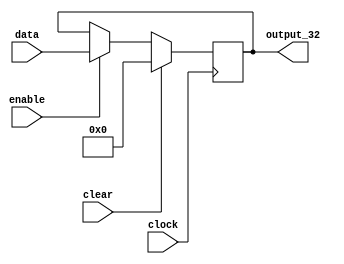
`timescale 1ns / 1ps

module regisiter(data, enable, clock, clear, output_32);
    parameter WIDTH = 32;
    input enable,clear,clock;
    input [WIDTH-1:0] data;

    output reg [WIDTH-1:0] output_32;
    
    /*initial begin
        output_32 <= 0;
    end*/
    
    always @(posedge clock) begin
        if(clear) begin
             output_32 <= 0;
        end else if (enable)begin
             output_32 <= data;
        end
    end
    
endmodule

module selecter_two(
    a, b, s, result
);
    parameter WIDTH = 32;
    input [WIDTH-1:0] a, b;
    input s;
    output reg [WIDTH-1:0] result;
    
    always @* begin
        if (s == 0)
            result = a;
        else
            result = b;
    end
endmodule

module decoder(in, Op, Rs, Rt, Rd, Shamt, funct, IMMI, IMMJ);
    input [31:0] in;
    output wire [5:0] Op, funct;
    output wire [4:0] Rs, Rt, Rd, Shamt;
    output wire [15:0] IMMI;
    output wire [25:0] IMMJ;
    
    assign 
        Op = in[31:26],
        Rs = in[25:21],
        Rt = in[20:16],
        Rd = in[15:11],
        Shamt = in[10:6],
        funct = in[5:0],
        IMMI = in[15:0],
        IMMJ = in[25:0];
    
endmodule

module sign_extender_5_32(in, out);
    input [4:0] in;
    output [31:0] out;
    
    assign out = (in[4] == 0) ? {27'b000000000000000000000000000, in}: {27'b111111111111111111111111111, in};
    
endmodule

module sign_extender_16_32(in, out);
    input [15:0] in;
    output [31:0] out;
    
    assign out = (in[15] == 0) ? {16'b0000000000000000, in}: {16'b1111111111111111, in};
    
endmodule

module zero_extender_16_32(in, out);
    input [15:0] in;
    output [31:0] out;
    
    assign out = {16'b0000000000000000, in};
    
endmodule

module seven_segment_decoder(input [3:0] in, output reg[6:0] out);
    always @(in) begin
        case (in)
            4'b0000 : out = 7'b0000001;
            4'b0001 : out = 7'b1001111;
            4'b0010 : out = 7'b0010010;
            4'b0011 : out = 7'b0000110;
            4'b0100 : out = 7'b1001100;
            4'b0101 : out = 7'b0100100;
            4'b0110 : out = 7'b0100000;
            4'b0111 : out = 7'b0001111;
            4'b1000 : out = 7'b0000000;
            4'b1001 : out = 7'b0000100;
            4'b1010 : out = 7'b0001000;
            4'b1100 : out = 7'b0110001;
            4'b1111 : out = 7'b0111000;
            default : out = 7'b1111111;
        endcase
    end
endmodule